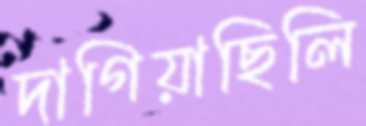
দাগিয়াছিলি